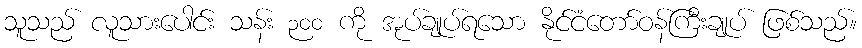
သူသည် လူသားပေါင်း သန်း ၃၀၀ ကို အုပ်ချုပ်ရသော နိုင်ငံတော်ဝန်ကြီးချုပ် ဖြစ်သည်။